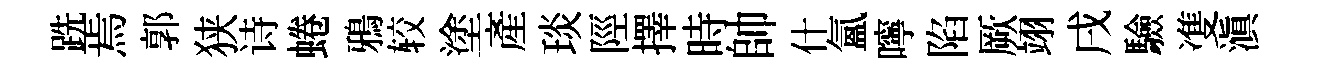
跣焉郭狭诗蜷鴉较塗產琰陘擇時帥什氳嚀陷厥翊戌驗㕠滇